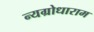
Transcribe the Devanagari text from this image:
न्यग्रोधाराम